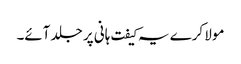
مولا کرے یہ کیفت ہانی پر جلد آئے۔